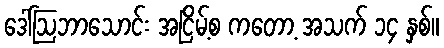
ဒေါ်ဩဘာသောင်း အငြိမ့်စ ကတော့ အသက် ၁၄ နှစ်။